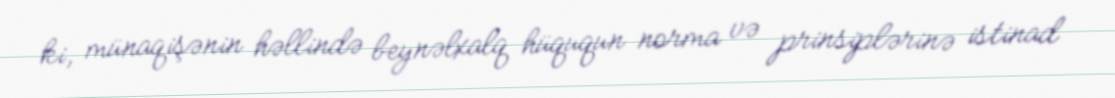
ki, münaqişənin həllində beynəlxalq hüququn norma və prinsiplərinə istinad